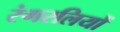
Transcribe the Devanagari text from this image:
रंगरलियों